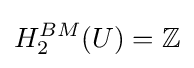
H_{2}^{BM}(U)=\mathbb {Z}